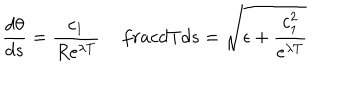
LaTeX: \frac { d \theta } { d s } = \frac { c _ { 1 } } { R e ^ { \lambda T } } \, \frac { d T } { d s } = \sqrt { \epsilon + \frac { c _ { 1 } ^ { 2 } } { e ^ { \lambda T } } }